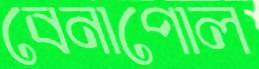
বেনাপোল